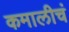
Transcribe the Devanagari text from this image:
कमालीचं